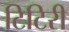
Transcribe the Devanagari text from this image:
टिटिरी